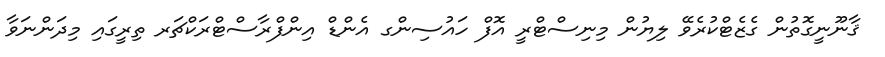
ޤާނޫނީގޮތުން ގެޒެޓްކުރެވޭ ލިޔުން މިނިސްޓްރީ އޮފް ހައުސިންގ އެންޑް އިންފްރާސްޓްރަކްޗަރ ތިރީގައި މިދަންނަވާ